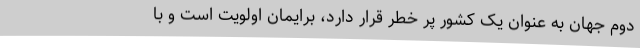
دوم جهان به عنوان یک کشور پر خطر قرار دارد، برایمان اولویت است و با